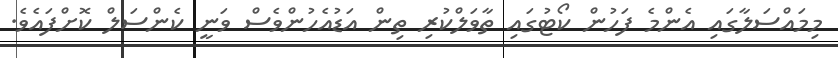
މިމައްސަލާގައި އެންމެ ފަހުން ކޯޓުގައި ތާވަލްކުރި ތިން އަޑުއެހުންވެސް ވަނީ ކެންސަލް ކޮށްފައެވެ.